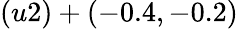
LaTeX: (u2)+(-0.4,-0.2)